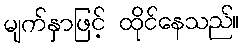
မျက်နှာဖြင့် ထိုင်နေသည်။